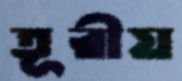
তূরীয়